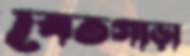
বেতগাড়া